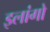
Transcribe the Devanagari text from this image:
इलांगो